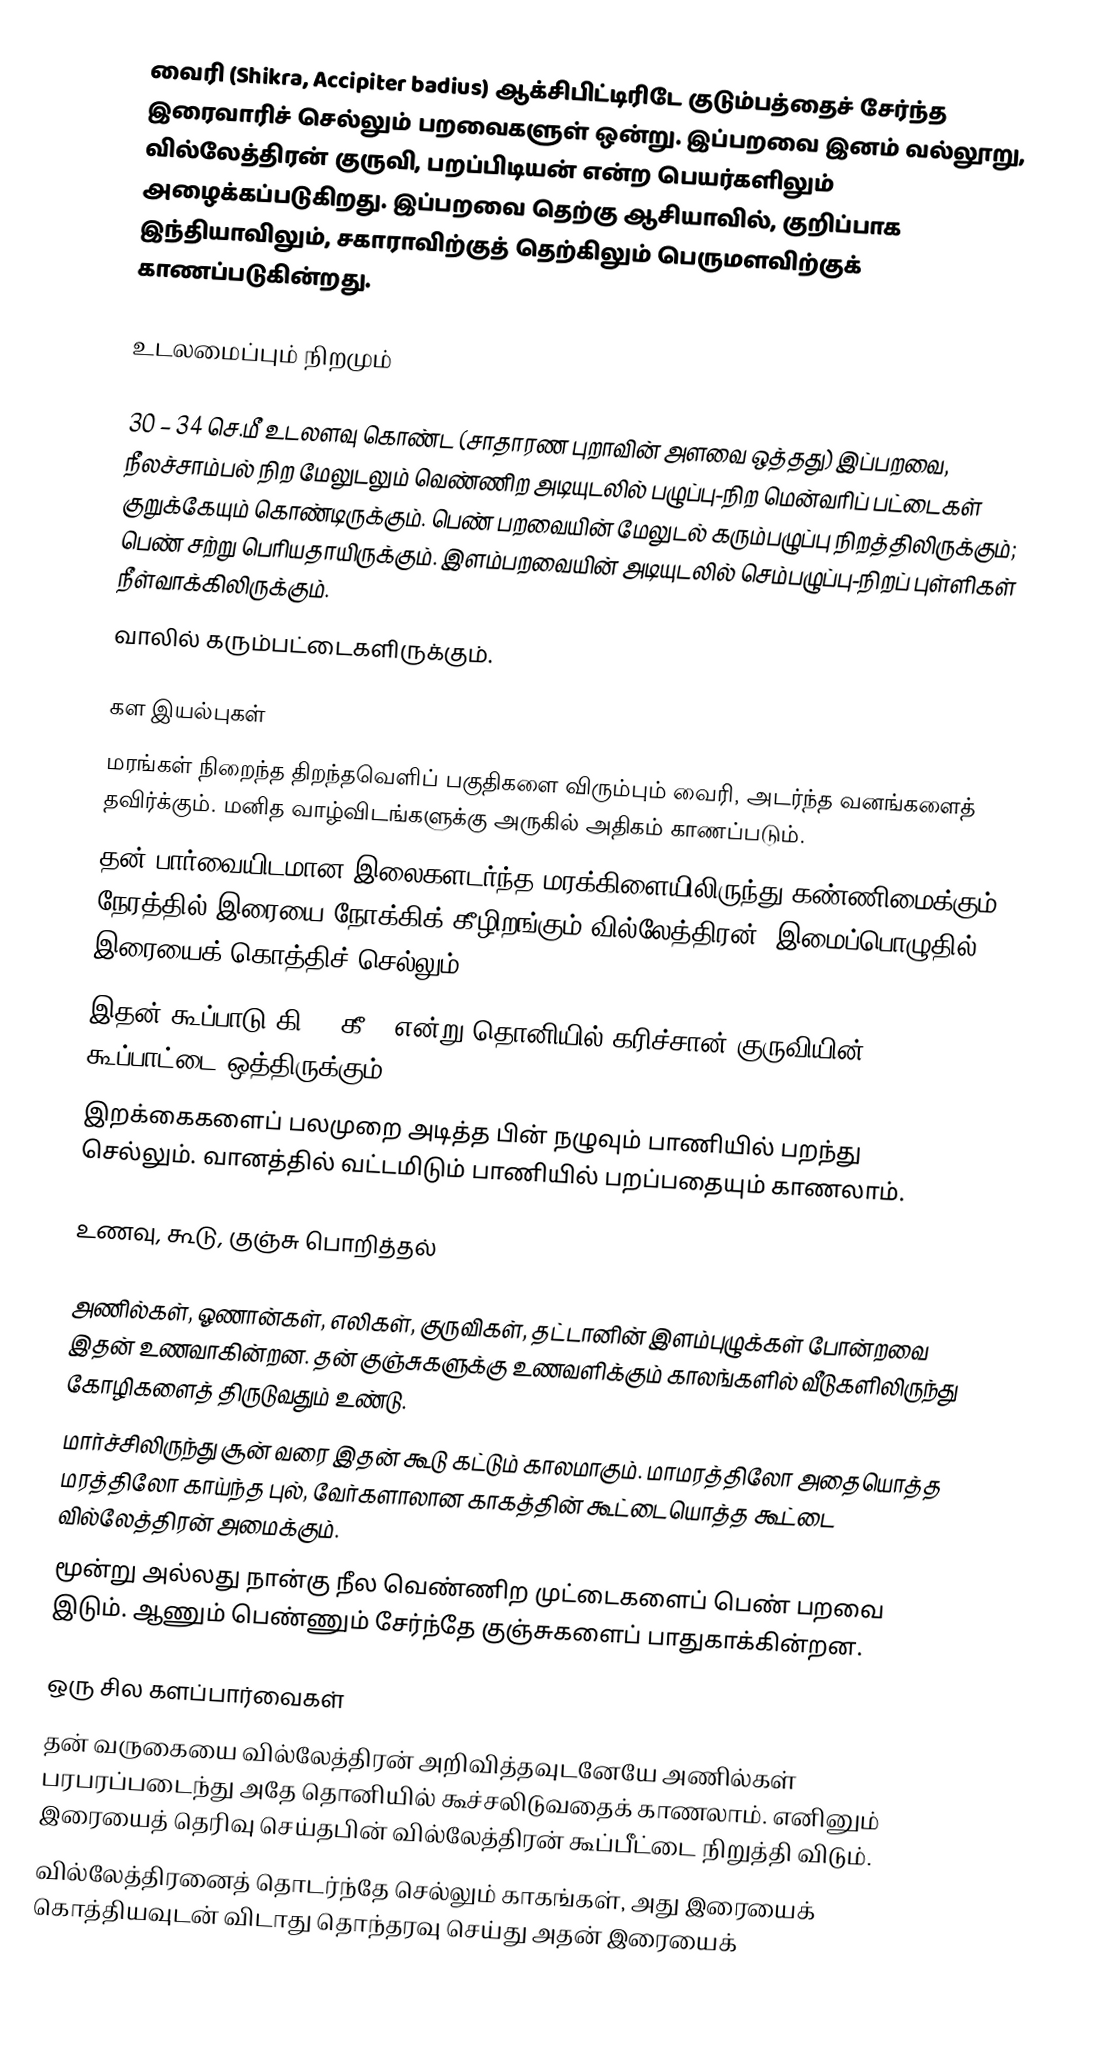
வைரி (Shikra, Accipiter badius) ஆக்சிபிட்டிரிடே குடும்பத்தைச் சேர்ந்த இரைவாரிச் செல்லும் பறவைகளுள் ஒன்று.  இப்பறவை இனம் வல்லூறு, வில்லேத்திரன் குருவி, பறப்பிடியன் என்ற பெயர்களிலும் அழைக்கப்படுகிறது. இப்பறவை தெற்கு ஆசியாவில், குறிப்பாக இந்தியாவிலும், சகாராவிற்குத் தெற்கிலும் பெருமளவிற்குக் காணப்படுகின்றது.

உடலமைப்பும் நிறமும்

 30 – 34 செ.மீ உடலளவு  கொண்ட (சாதாரண புறாவின் அளவை ஒத்தது) இப்பறவை, நீலச்சாம்பல் நிற மேலுடலும் வெண்ணிற அடியுடலில் பழுப்பு-நிற மென்வரிப் பட்டைகள் குறுக்கேயும் கொண்டிருக்கும். பெண் பறவையின் மேலுடல் கரும்பழுப்பு நிறத்திலிருக்கும்; பெண் சற்று பெரியதாயிருக்கும். இளம்பறவையின் அடியுடலில் செம்பழுப்பு-நிறப் புள்ளிகள் நீள்வாக்கிலிருக்கும்.
 வாலில் கரும்பட்டைகளிருக்கும்.

கள இயல்புகள்
 மரங்கள் நிறைந்த திறந்தவெளிப் பகுதிகளை விரும்பும் வைரி, அடர்ந்த வனங்களைத் தவிர்க்கும். மனித வாழ்விடங்களுக்கு அருகில் அதிகம் காணப்படும்.
 தன் பார்வையிடமான இலைகளடர்ந்த மரக்கிளையிலிருந்து கண்ணிமைக்கும் நேரத்தில் இரையை நோக்கிக் கீழிறங்கும் வில்லேத்திரன், இமைப்பொழுதில் இரையைக் கொத்திச் செல்லும்.
 இதன் கூப்பாடு கி .. கீ … என்று தொனியில் கரிச்சான் குருவியின் கூப்பாட்டை ஒத்திருக்கும்.
 இறக்கைகளைப் பலமுறை அடித்த பின் நழுவும் பாணியில் பறந்து செல்லும். வானத்தில் வட்டமிடும் பாணியில் பறப்பதையும் காணலாம்.

உணவு, கூடு, குஞ்சு பொறித்தல்

 அணில்கள், ஓணான்கள், எலிகள், குருவிகள், தட்டானின் இளம்புழுக்கள் போன்றவை இதன் உணவாகின்றன. தன் குஞ்சுகளுக்கு உணவளிக்கும் காலங்களில் வீடுகளிலிருந்து கோழிகளைத் திருடுவதும் உண்டு.
 மார்ச்சிலிருந்து சூன் வரை இதன் கூடு கட்டும் காலமாகும். மாமரத்திலோ அதையொத்த மரத்திலோ காய்ந்த புல், வேர்களாலான காகத்தின் கூட்டையொத்த கூட்டை வில்லேத்திரன் அமைக்கும்.
 மூன்று அல்லது நான்கு நீல வெண்ணிற முட்டைகளைப் பெண் பறவை இடும். ஆணும் பெண்ணும் சேர்ந்தே குஞ்சுகளைப் பாதுகாக்கின்றன.

ஒரு சில களப்பார்வைகள்
 தன் வருகையை வில்லேத்திரன் அறிவித்தவுடனேயே அணில்கள் பரபரப்படைந்து அதே தொனியில் கூச்சலிடுவதைக் காணலாம். எனினும் இரையைத் தெரிவு செய்தபின் வில்லேத்திரன் கூப்பீட்டை நிறுத்தி விடும்.
 வில்லேத்திரனைத் தொடர்ந்தே செல்லும் காகங்கள், அது இரையைக் கொத்தியவுடன் விடாது தொந்தரவு செய்து அதன் இரையைக்